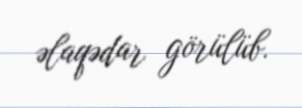
əlaqədar görülüb.